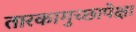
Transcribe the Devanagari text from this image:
तारकागुच्छापेक्षा